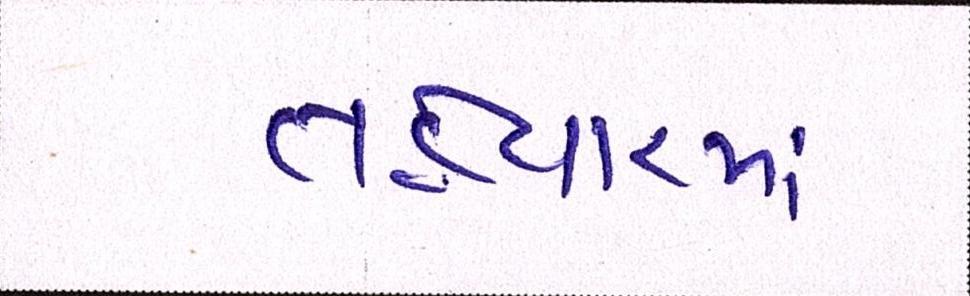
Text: તહેવારમાં